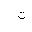
Letter: _ta